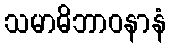
သမာဓိဘာဝနာနံ